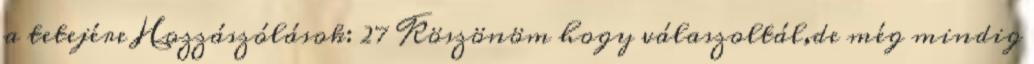
a tetejére Hozzászólások: 27 Köszönöm hogy válaszoltál,de még mindig